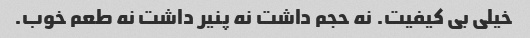
خیلی بی کیفیت. نه حجم داشت نه پنیر داشت نه طعم خوب.